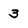
Character: 3